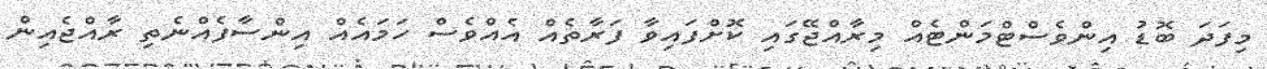
މިފަދަ ބޮޑު އިންވެސްޓްމަންޓެއް މިރާއްޖޭގައި ކޮށްފައިވާ ފަރާތެއް އެއްވެސް ހަމައެއް އިންސާފެއްނެތި ރާއްޖެއިން